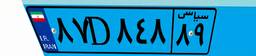
۳۶D۶۷۴۱۱